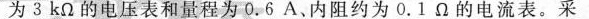
为3kΩ的电压表和量程为0.6A、内阻约为0.1Ω的电流表。采